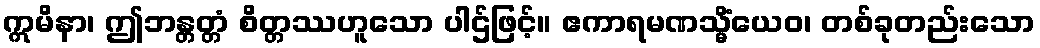
ဣမိနာ၊ ဤဘန္တတ္တံ စိတ္တဿဟူသော ပါဌ်ဖြင့်။ ဧကာရမဏသ္မိံယေဝ၊ တစ်ခုတည်းသော